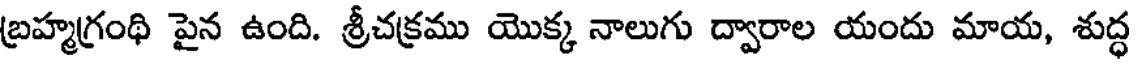
బ్రహ్మగ్రంథి పైన ఉంది. శ్రీచక్రము యొక్క నాలుగు ద్వారాల యందు మాయ, శుద్ధ